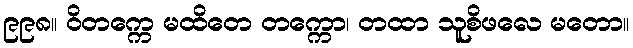
၉၉၈။ ဝိတက္ကေ မထိတေ တက္ကော၊ တထာ သူစိဖလေ မတော။